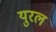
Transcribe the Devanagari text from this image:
युरल